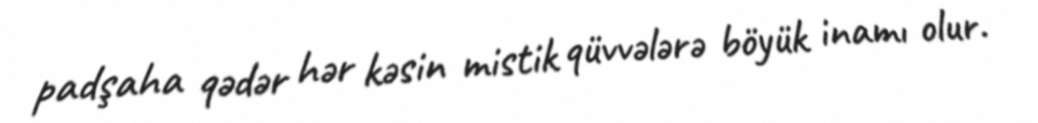
padşaha qədər hər kəsin mistik qüvvələrə böyük inamı olur.